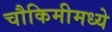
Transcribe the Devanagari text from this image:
चौकिमीमध्ये